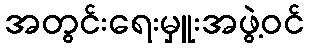
အတွင်းရေးမှူးအဖွဲ့ဝင်